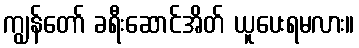
ကျွန်တော် ခရီးဆောင်အိတ် ယူပေးရမလား။